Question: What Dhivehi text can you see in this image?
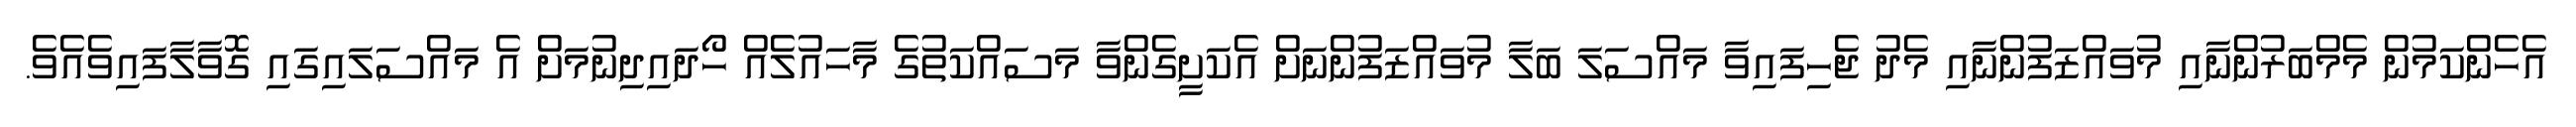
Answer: އެހެންކަމުން މެމްބަރުންނާއި މުވައްޒަފުންނާއި މެދު ޖެހިފައިވާ މައްސަލަ ބަލާ މުވައްޒަފުންނަށް އެކަށީގެންވާ މަސައްކަތުގެ މާހައުލެއް ހޯދައިދިނުމަށް އެ މައްސަލައިގައި ގޮވާލާފައިވެއެވެ.